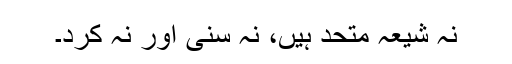
نہ شیعہ متحد ہیں، نہ سُنّی اور نہ کُرد۔